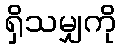
ရှိသမျှကို